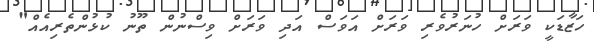
ހަޒާޑަކީ ވަރަށް ހުނަރުވެރި ވަރަށް އަވަސް އަދި ވަރަށް ވިސްނުން ތޫނު ކުޅުންތެރިއެއް"